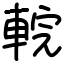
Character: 輐